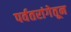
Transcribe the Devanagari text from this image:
पर्वतरांगेतून